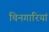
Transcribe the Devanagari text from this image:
चिनगारियां